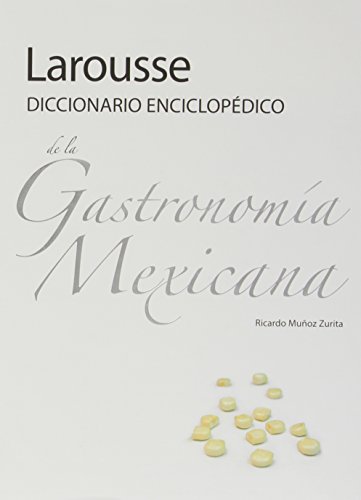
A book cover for Larousse Diccionario Enciclopedico de la Gastronomia Mexicana (Spanish Edition); Ricardo Munoz Zurita; Cookbooks, Food & Wine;